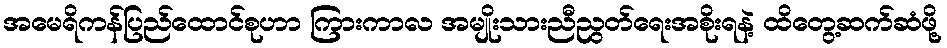
အမေရိကန်ပြည်ထောင်စုဟာ ကြားကာလ အမျိုးသားညီညွတ်ရေးအစိုးရနဲ့ ထိတွေ့ဆက်ဆံဖို့